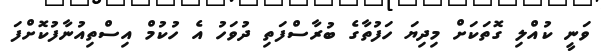
ވަނީ ކުއްލި ގޮތަކަށް މިދިޔަ ހަފުތާގެ ބުރާސްފަތި ދުވަހު އެ ހުކުމް އިސްތިއުނާފުކޮށްފަ